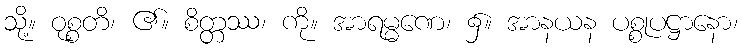
သို့။ ဝုစ္စတိ၊ ၏။ စိတ္တဿ၊ ကို။ အာရမ္မဏေ၊ ၌။ အာနယန ပစ္စုပဋ္ဌာနော၊